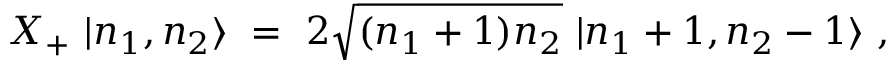
X _ { + } \ | n _ { 1 } , n _ { 2 } \rangle \ = \ 2 \sqrt { ( n _ { 1 } + 1 ) n _ { 2 } } \ | n _ { 1 } + 1 , n _ { 2 } - 1 \rangle \ ,